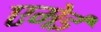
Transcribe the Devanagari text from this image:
एमेई